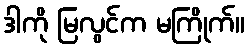
ဒါကို မြလွင်က မကြိုက်။